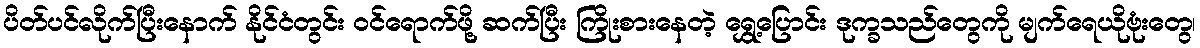
ပိတ်ပင်လိုက်ပြီးနောက် နိုင်ငံတွင်း ဝင်ရောက်ဖို့ ဆက်ပြီး ကြိုးစားနေတဲ့ ရွှေ့ပြောင်း ဒုက္ခသည်တွေကို မျက်ရေယိုဗုံးတွေ၊